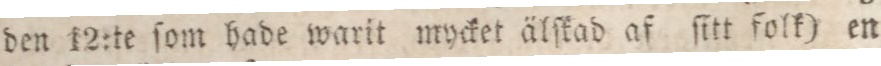
den 12:te ſom hade warit mycket älſkad af ſitt folk) en